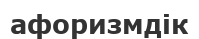
афоризмдік